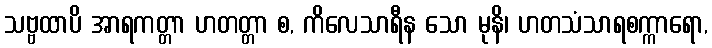
သဗ္ဗထာပိ အာရကတ္တာ ဟတတ္တာ စ, ကိလေသာရီန သော မုနိ၊ ဟတသံသာရစက္ကာရော,